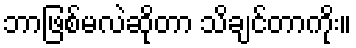
ဘာဖြစ်မလဲဆိုတာ သိချင်တာကိုး။